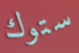
ستوك